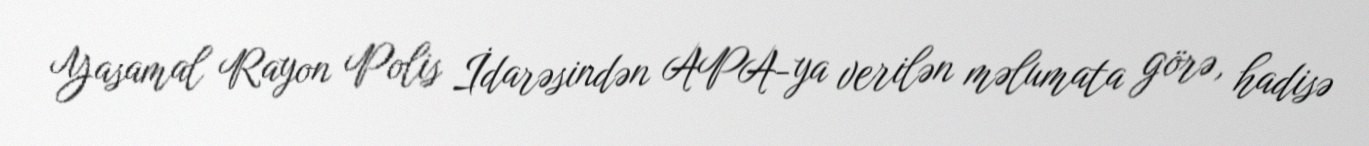
Yasamal Rayon Polis İdarəsindən APA-ya verilən məlumata görə, hadisə